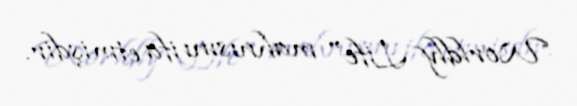
Worldly Life" mahnısını ifa etmişdir.